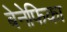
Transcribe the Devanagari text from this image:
बेनेफिका